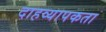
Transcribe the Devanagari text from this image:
दाहव्यापकता